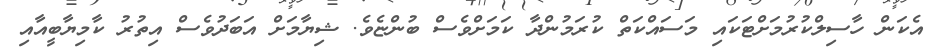
އެކަން ހާސިލްކުރުމަށްޓަކައި މަސައްކަތް ކުރަމުންދާ ކަމަށްވެސް ބުންޏެވެ. ޝިޔާމަށް އަބަދުވެސް އިތުރު ކާމިޔާބީއާއި